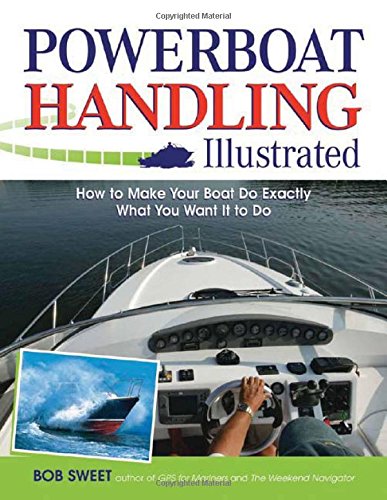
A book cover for Powerboat Handling Illustrated: How to Make Your Boat Do Exactly What You Want It to Do; Robert Sweet; Sports & Outdoors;